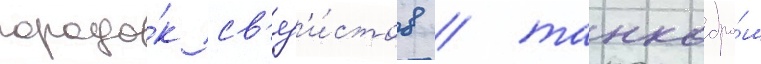
городо́к св'яз'и́стов / танкодро́м